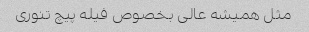
مثل همیشه عالی بخصوص فیله پیچ تنوری